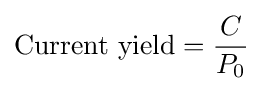
{\text{Current yield}}={\frac {C}{P_{0}}}